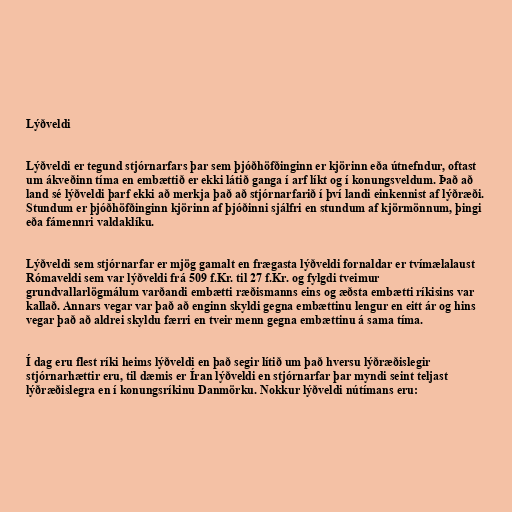
Lýðveldi

Lýðveldi er tegund stjórnarfars þar sem þjóðhöfðinginn er kjörinn eða útnefndur, oftast
um ákveðinn tíma en embættið er ekki látið ganga í arf líkt og í konungsveldum. Það að
land sé lýðveldi þarf ekki að merkja það að stjórnarfarið í því landi einkennist af lýðræði.
Stundum er þjóðhöfðinginn kjörinn af þjóðinni sjálfri en stundum af kjörmönnum, þingi
eða fámennri valdaklíku.

Lýðveldi sem stjórnarfar er mjög gamalt en frægasta lýðveldi fornaldar er tvímælalaust
Rómaveldi sem var lýðveldi frá 509 f.Kr. til 27 f.Kr. og fylgdi tveimur
grundvallarlögmálum varðandi embætti ræðismanns eins og æðsta embætti ríkisins var
kallað. Annars vegar var það að enginn skyldi gegna embættinu lengur en eitt ár og hins
vegar það að aldrei skyldu færri en tveir menn gegna embættinu á sama tíma.

Í dag eru flest ríki heims lýðveldi en það segir lítið um það hversu lýðræðislegir
stjórnarhættir eru, til dæmis er Íran lýðveldi en stjórnarfar þar myndi seint teljast
lýðræðislegra en í konungsríkinu Danmörku. Nokkur lýðveldi nútímans eru: